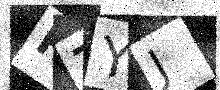
Text: R7YJ